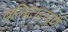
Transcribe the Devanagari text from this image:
बलिदानपूर्ण